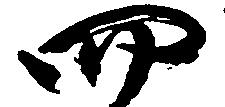
四